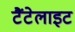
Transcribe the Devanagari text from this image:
टैंटेलाइट